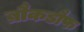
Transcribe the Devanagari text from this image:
ब्रौकडौफ